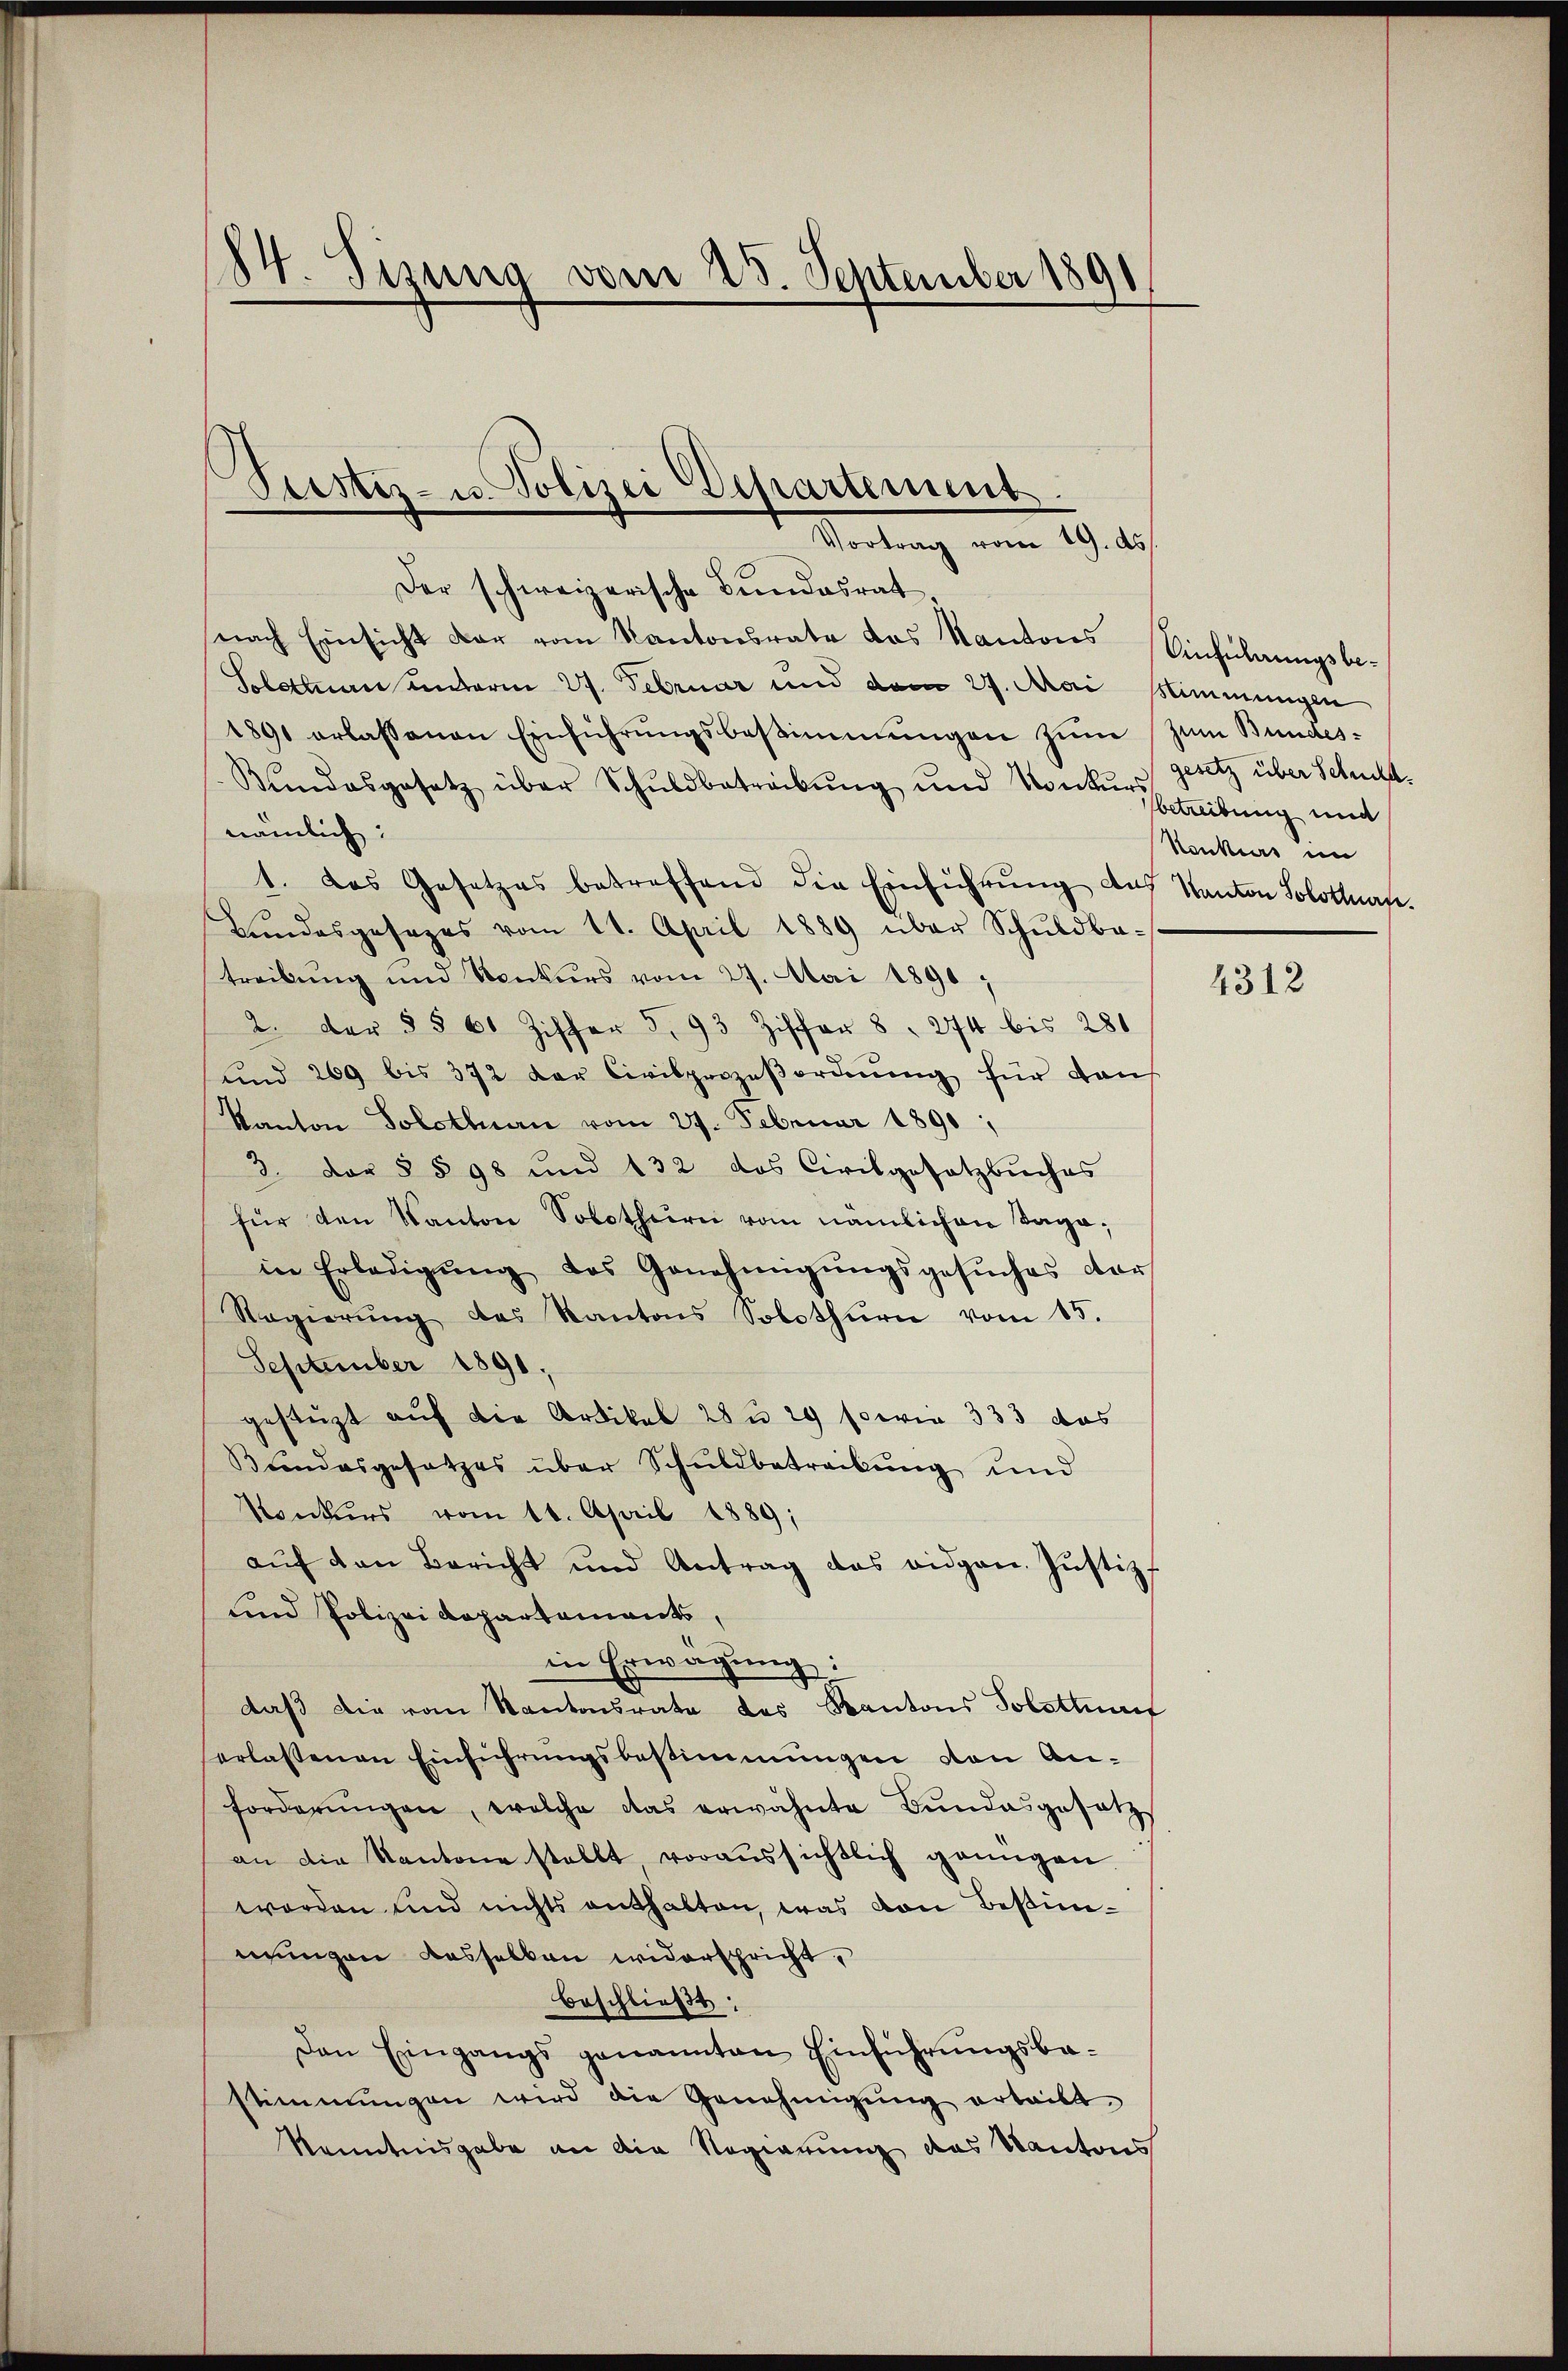
14. Tizung vom 28. September 1891

Der schweizerische Bundesrat,
nach Einsicht dar vom Kantonsrate das Kantons Einführungsbe-
Sobethan unterm 27. Februar und dem 27. Mai stimmungen
1891 erlassenen Einführŭngsbestimmungen zum zum Bundes-
Kŭndesgesetz über Schuldbetreibŭng und Konten Betreibung und
nämlich:
1. das Gesetzes betreffend die Einführŭng des Kanton Solottafe
Bŭndesgesezes vom 11. April 1889 über Schuldba-
treibung und Konkurs vom 27. Mai 1890;
2. der §§ 61 Ziffer 5. 93 Ziffer 8. 274 bis 281
(und 269 bis 372 der Civilprozeβordnŭng für dans
Kanton Solothurn vom 27. Februar 1890;
3. Der § § 98 und 132 das Civilgesetzbuches
für den Kanton Solothurn vom nämlichen Tagain Erledigŭng des Genehmigŭngsgesŭches dar
Ragierung des Kantons Solothurn vom 15.
September 1891;
gestützt auf die Artikel 28 u. 29 sowie 333 das
Bundesgesetzes über Schuldbetreibung und
Konkurs vom 11. April 1889;
aŭf von Bericht und Antrag das eidgen. Justiz-
und Polizei Departements,
in Erwägung:
daß die vom Kantonsrate des Kantons Polstturf
erlassenen Einführungsbestimmungen von Anforderŭngen, welche das erwähnte Bŭndesgesetz
an die Kantone stellt voraussichtlich genügen.
worden und nichts enthalten, was von Bestimmungen dasselben widerspricht,
beschließt:
Den Eingangs genannten Einführŭngsbe-
stimmungen wird die Genehmigung erteilt,
Kenntnisgabe an die Regierung des Kantons

Seester- u. Polizei Departement
Vortrag vom 19. ds.

gesetz über Schuld.
Honkurs im

4312